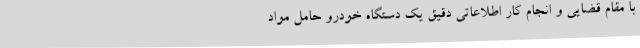
با مقام قضایی و انجام کار اطلاعاتی دقیق یک دستگاه خودرو حامل مواد